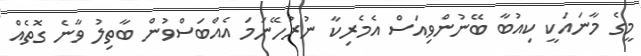
މީގެ މާނައަކީ ކިއުބާ ބޭނުންވިއަސް އެމެރިކާ ނުރުހޭނަމަ އެއްބަސްވުން ބާތިލު ވާނެ ގޮތެއް